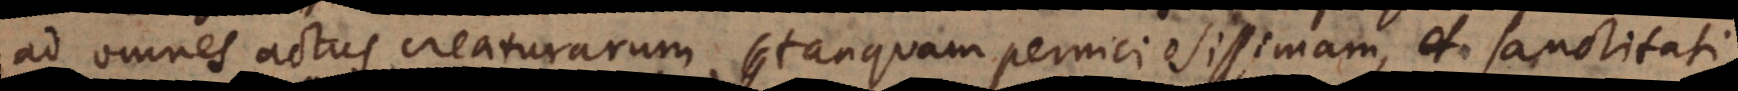
ad omnes actus creaturarum, tanquam perniciosissimam, et sanctitati